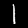
Digit: 1